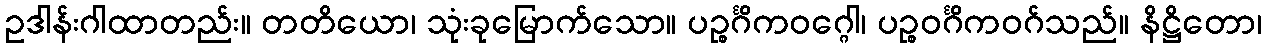
ဥဒါန်းဂါထာတည်း။ တတိယော၊ သုံးခုမြောက်သော။ ပဉ္စင်္ဂိကဝဂ္ဂေါ၊ ပဉ္စဝင်္ဂိကဝဂ်သည်။ နိဋ္ဌိတော၊